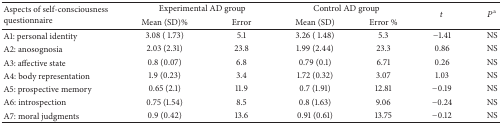
| <ROWSPAN=2> Aspects of self-consciousness questionnaire | <COLSPAN=2> Experimental AD group | <COLSPAN=2> Control AD group | <ROWSPAN=2> t | <ROWSPAN=2> Pa |
 | Mean (SD) % | Error | Mean (SD) | Error % |
 | --- | --- | --- | --- | --- | --- | --- |
 | A1: personal identity | 3.08 ( 1.73) | 5.1 | 3.26 ( 1.48) | 5.3 | −1.41 | NS |
 | A2: anosognosia | 2.03 (2.31) | 23.8 | 1.99 (2.44) | 23.3 | 0.86 | NS |
 | A3: affective state | 0.8 (0.07) | 6.8 | 0.79 (0.1) | 6.71 | 0.26 | NS |
 | A4: body representation | 1.9 (0.23) | 3.4 | 1.72 (0.32) | 3.07 | 1.03 | NS |
 | A5: prospective memory | 0.65 (2.1) | 11.9 | 0.7 (1.91) | 12.81 | −0.19 | NS |
 | A6: introspection | 0.75 (1.54) | 8.5 | 0.8 (1.63) | 9.06 | −0.24 | NS |
 | A7: moral judgments | 0.9 (0.42) | 13.6 | 0.91 (0.61) | 13.75 | −0.12 | NS |